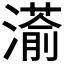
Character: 𮳘